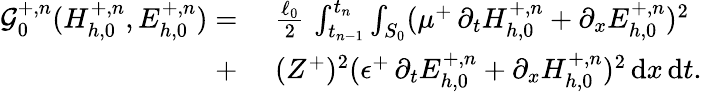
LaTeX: \begin{array}{rl}{\mathcal{G}_{0}^{+,n}(H_{h,0}^{+,n},E_{h,0}^{+,n})=}&{\, \, \frac{\ell_{0}}{2}\, \int_{t_{n-1}}^{t_{n}}\int_{S_{0}}(\mu^{+}\, \partial_{t}H_{h,0}^{+,n}+\partial_{x}E_{h,0}^{+,n})^{2}}\\ {+}&{\, \, (Z^{+})^{2}(\epsilon^{+}\, \partial_{t}E_{h,0}^{+,n}+\partial_{x}H_{h,0}^{+,n})^{2}\, \mathrm{d}x\, \mathrm{d}t.}\end{array}